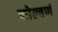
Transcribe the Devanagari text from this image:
नोल्बणं